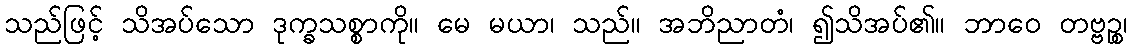
သည်ဖြင့် သိအပ်သော ဒုက္ခသစ္စာကို။ မေ မယာ၊ သည်။ အဘိညာတံ၊ ၍သိအပ်၏။ ဘာဝေ တဗ္ဗဉ္စ၊